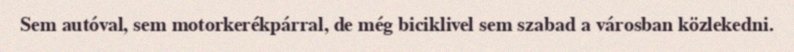
Sem autóval, sem motorkerékpárral, de még biciklivel sem szabad a városban közlekedni.